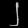
Digit: ၂